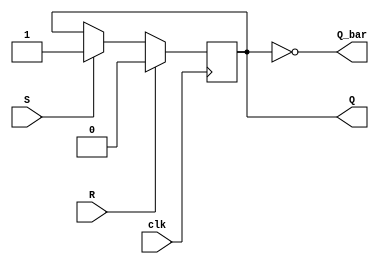
module sr_flip_flop(
    input S, // Set input
    input R, // Reset input
    input clk, // Clock input
    output reg Q, // Output Q
    output reg Q_bar // Output Q_bar
);

reg Q_next;

always@(posedge clk) begin
    if (R) begin
        Q_next <= 1'b0; // Asynchronous reset
    end else if (S) begin
        Q_next <= 1'b1; // Asynchronous set
    end else begin
        Q_next <= Q; // No state change
    end
end

assign Q = Q_next;
assign Q_bar = ~Q_next;

endmodule